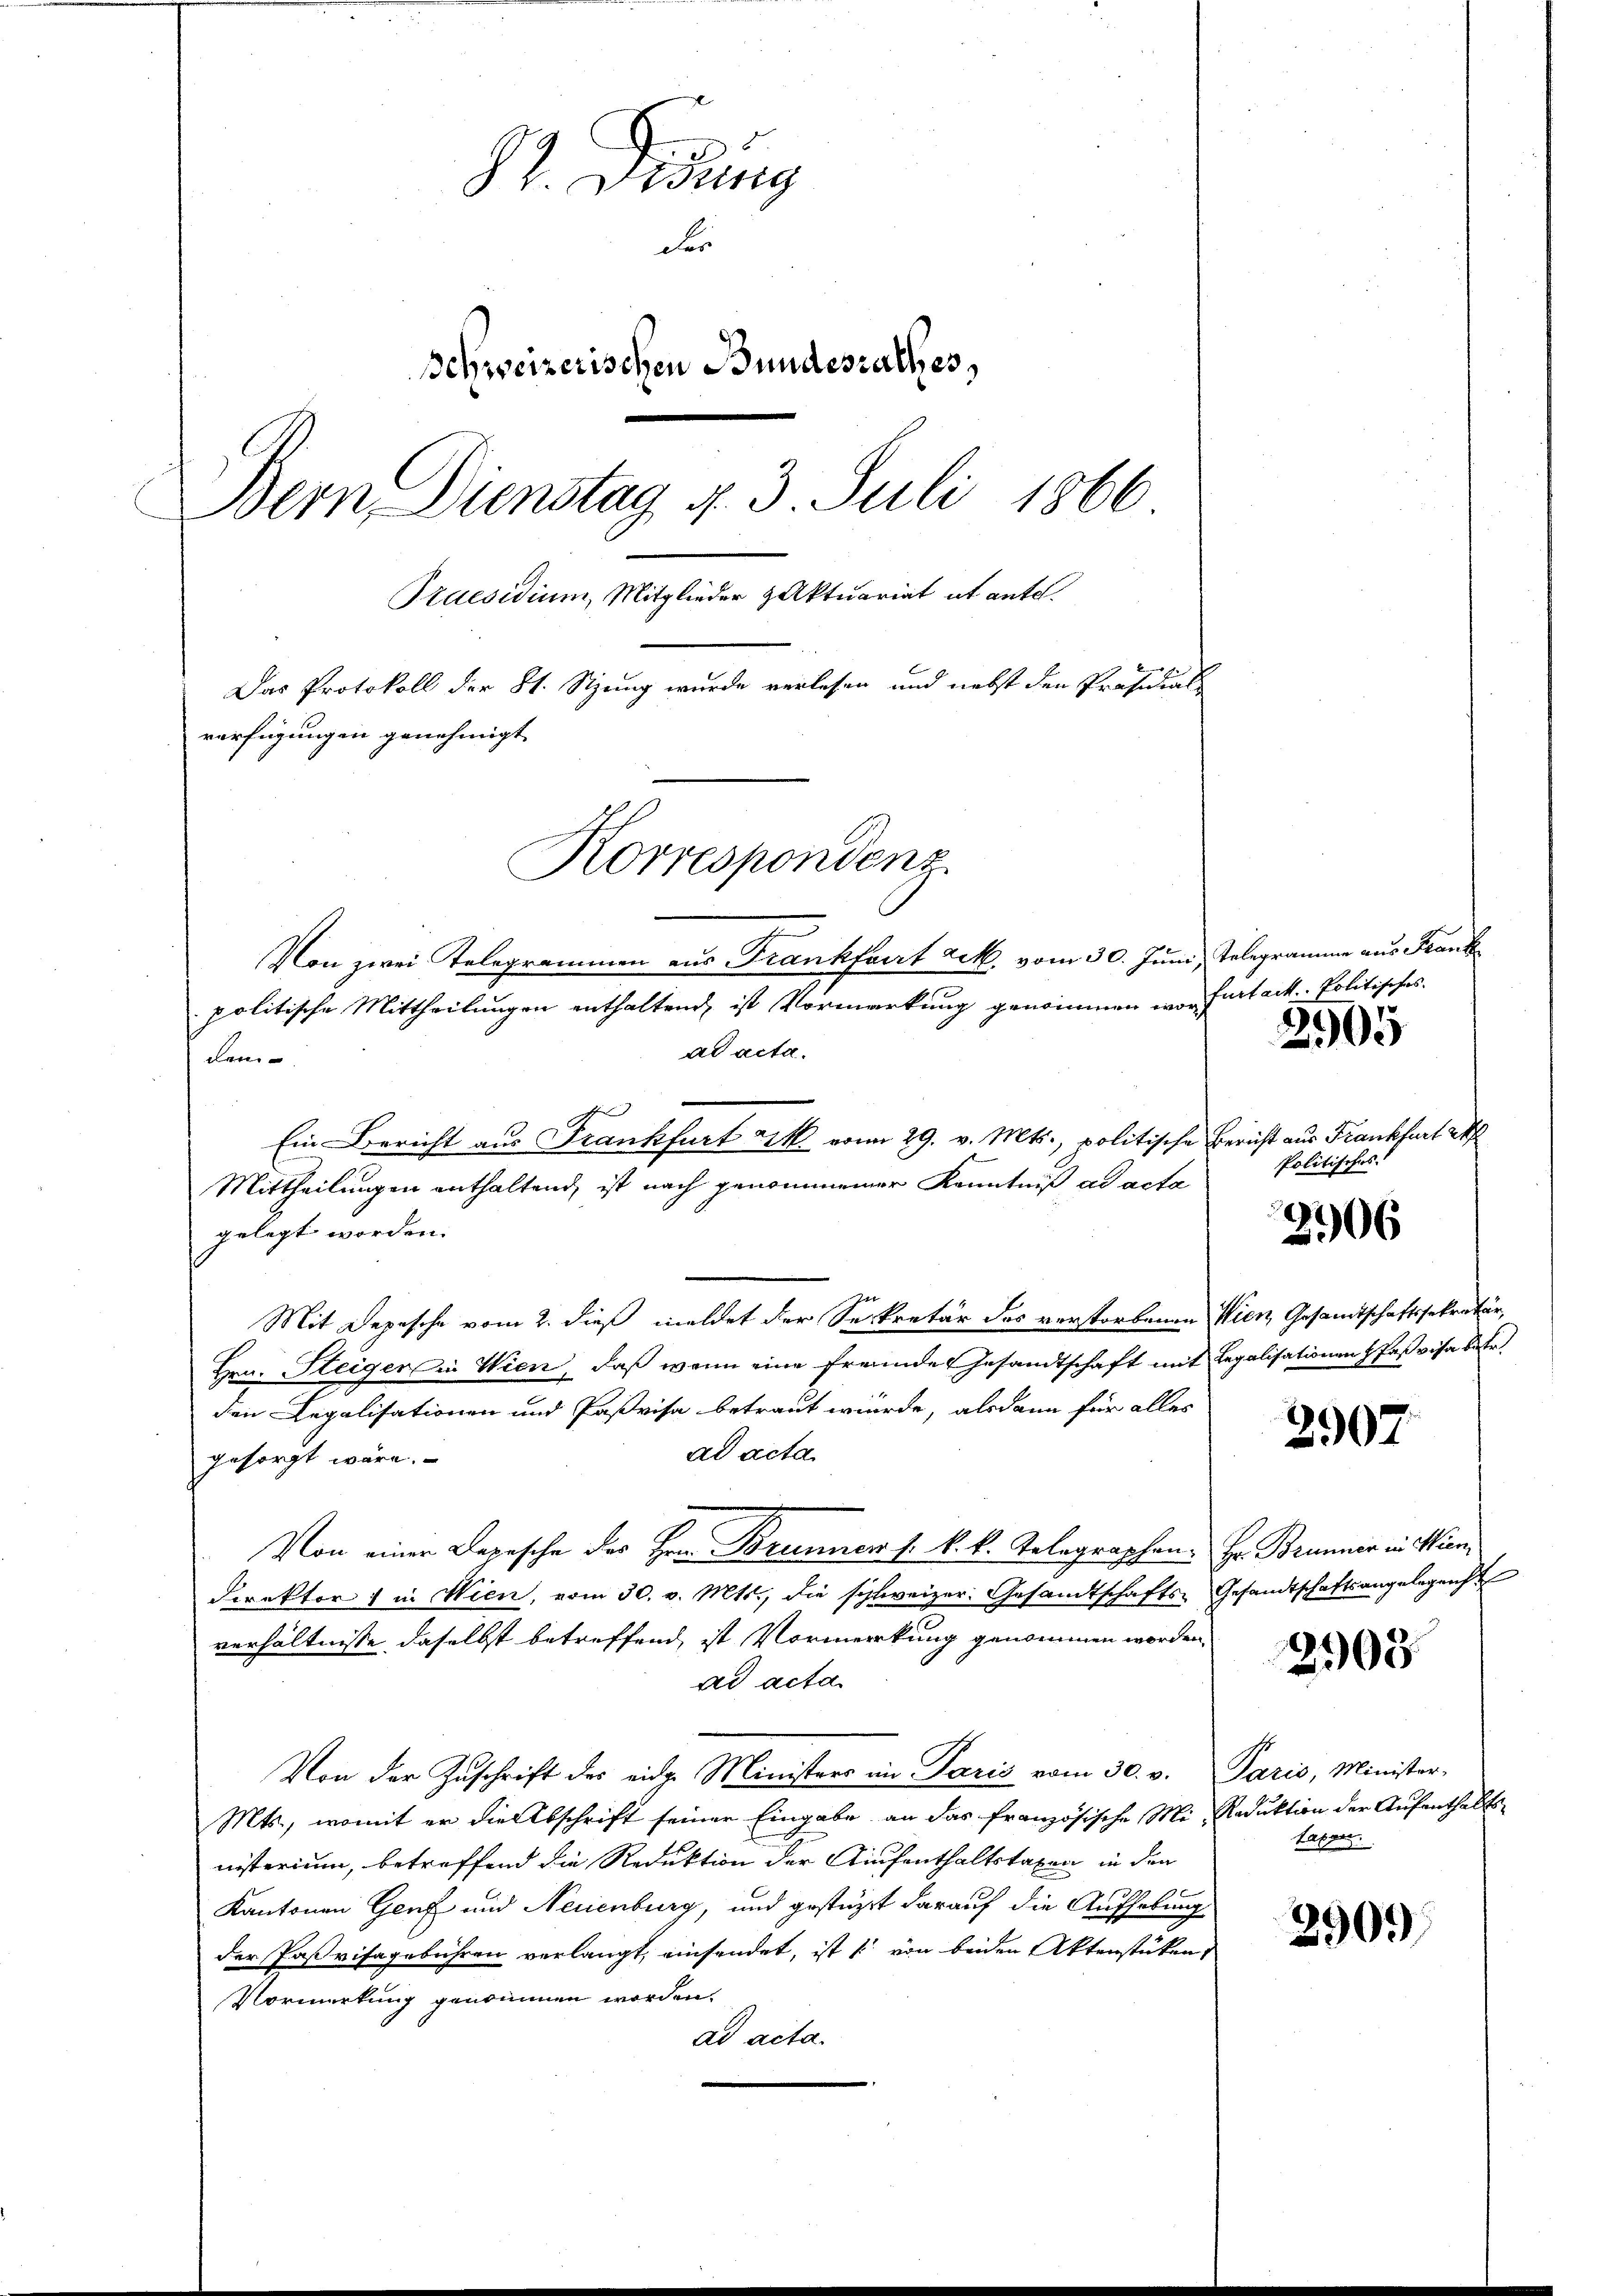
Didung
der
Schweizerischen Bundesrathes,
Bern Dienstag 4. 3. Juli 1866
Praesidium, Mitglieder Aktuariat ab antel.
Das Protokoll der 81. Stzung wurde verlesen und nebst den Präsidial
verfügungen genehmigt
Korrespondenz

politische Mittheilungen enthaltend ist Vormerkung genommen worfurt ack. - Politisches
ad acta.
den
s
Ein Bericht aus Frankfurt et vom 29. v. Mts., politische Bericht aus Frankfurt auf
Mittheilungen enthaltend, ist nach genommener Kenntniß ad acta
gelegt worden.
Mit Depesche vom 2. dieß meldet der Seekretär des verstorbenen Wien, Gesandtschaftssekretär,
Hrn. Steiger in Wien, daß wenn eine freunde Gesandtschaft mit Legalisationen Paßvisa betr.
den Legalisationen und Paßvisa betraut würde, alsdann für alles
ad acta
gesorgt wäre.
Von einer Depesche des Herr Brunner 1. k. k. Gelegraphen. Hr. Brunner in Win¬
Direktor in Wien, vom 30. v. Mts., die schweizer. Gesandtschafts-Gesandtschaftsangelegenh
verhältnisse, daselbst betreffend, ist Vormerkung genommen worden.
ad acta.
Von der Zŭschrift des eidg. Ministers in Paris vom 30. v. Paris, Minister,
Mts., womit er die Abschrift seiner Eingabe an das französische Mi- Reduktion der Aufenthalts-
nisterium, betreffend die Reduktion der Aufenthaltstaxen in den
Kantonen Genf und Neuenburg, und gestützt darauf die Aufhebung
der Parisagebühren verlangt, einsendet, ist von beiden Aktenstücken,
Vormerkung genommen worden.
ad acta.

Von zwei Telegrammen aus Frankfurt a M. vom 30. Juni, Telegramme aus Frank

2905

Politisches.

2906

2907

2909.

taxen

2909)